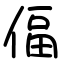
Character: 偪